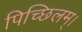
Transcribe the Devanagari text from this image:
पिच्छिलम्।